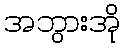
အဘွားအို